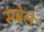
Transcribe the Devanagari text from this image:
स्य्बेले